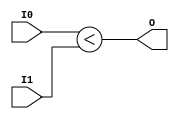
module coreir_slt4_wrapped (
    input [3:0] I0,
    input [3:0] I1,
    output O
);
assign O = ($signed(I0)) < ($signed(I1));
endmodule